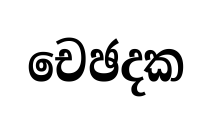
චෙඡදක